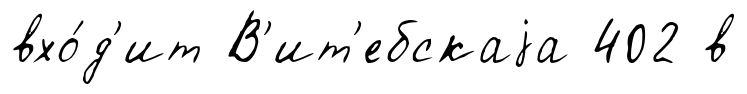
вхо́д'ит В'ит'ебскаjа 402 в